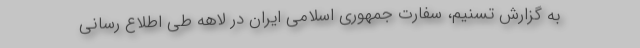
به گزارش تسنیم، سفارت جمهوری اسلامی ایران در لاهه طی اطلاع رسانی